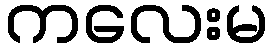
ကလေးမ